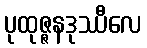
ပုထုဇ္ဇနဒုဿီလေ